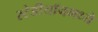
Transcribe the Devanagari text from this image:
स्टेडीयॉनमध्ये